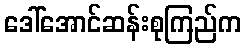
ဒေါ်အောင်ဆန်းစုကြည်က